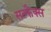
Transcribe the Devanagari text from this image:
सल्फैक्स